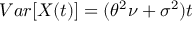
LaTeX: V a r [ X ( t ) ] = ( \theta ^ { 2 } \nu + \sigma ^ { 2 } ) t